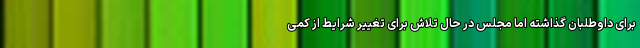
برای داوطلبان گذاشته اما مجلس در حال تلاش برای تغییر شرایط از کمی